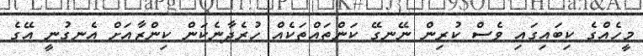
މީހެއްގެ ކިބައިގައި ވެސް ކުރިން ނޭނގޭ ކަންތައްތަކެއް ހުރެދާނެކަން ކިންޒާއަށް އެނގުނީ އޭގެ